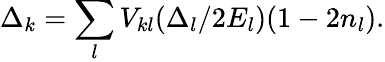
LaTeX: \Delta_{k}=\sum_{l}V_{kl}(\Delta_{l}/2E_{l})(1-2n_{l}).